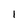
Character: 1